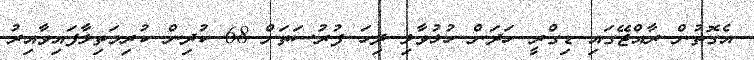
އެގޮތުން ރާއްޖޭގައި ޑިގްރީ ހަދަން ހުޅުވާލި ދިހަ ފުރުސަތަށް 68 ކުދިން ކުރިމަތިލާފައިވާއިރު